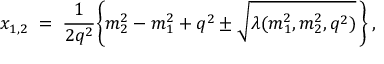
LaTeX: x _ { 1 , 2 } \; = \; \frac { 1 } { 2 q ^ { 2 } } \bigg \{ m _ { 2 } ^ { 2 } - m _ { 1 } ^ { 2 } + q ^ { 2 } \pm \sqrt { \lambda ( m _ { 1 } ^ { 2 } , m _ { 2 } ^ { 2 } , q ^ { 2 } ) } \, \bigg \} \: ,